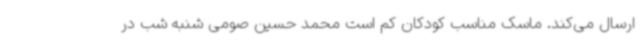
ارسال می‌کند. ماسک مناسب کودکان کم است محمد حسین صومی شنبه شب در